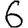
Digit: 6